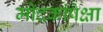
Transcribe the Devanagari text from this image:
मोदकांपेक्षा